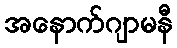
အနောက်ဂျာမနီ